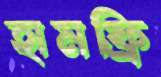
হামফ্রি